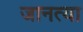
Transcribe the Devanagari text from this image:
जानत्या